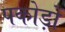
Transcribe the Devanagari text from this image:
पकोड़ों